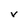
Character: V